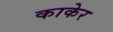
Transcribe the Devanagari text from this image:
काकेर